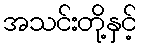
အသင်းတို့နှင့်